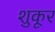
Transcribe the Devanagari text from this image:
शुकूर